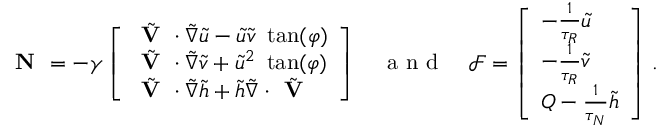
\textbf { N } = - \gamma \left[ \begin{array} { l } { \Tilde { \textbf { V } } \cdot \Tilde { \nabla } \Tilde { u } - \Tilde { u } \Tilde { v } \ \tan ( \varphi ) } \\ { \Tilde { \textbf { V } } \cdot \Tilde { \nabla } \Tilde { v } + \Tilde { u } ^ { 2 } \ \tan ( \varphi ) } \\ { \Tilde { \textbf { V } } \cdot \Tilde { \nabla } \Tilde { h } + \Tilde { h } \Tilde { \nabla } \cdot \Tilde { \textbf { V } } } \end{array} \right] \quad \mathrm { ~ a ~ n ~ d ~ } \quad \mathcal { F } = \left[ \begin{array} { l } { - \frac { 1 } { \tau _ { R } } \Tilde { u } } \\ { - \frac { 1 } { \tau _ { R } } \Tilde { v } } \\ { Q - \frac { 1 } { \tau _ { N } } \Tilde { h } } \end{array} \right] \, .